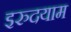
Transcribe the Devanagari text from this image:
इरुदयाम